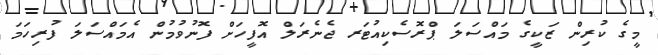
މީގެ ކުރިން ޒަކީގެ މައްސަލަ ޕްރޮސެކިއުޓަރ ޖެނެރަލް އޮފީހަށް ފޮނުވުމުން އެމައްސަލަ ފުރިހަމަ